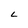
Character: L